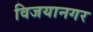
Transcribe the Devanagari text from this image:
विजयानगर